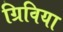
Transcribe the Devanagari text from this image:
ग्रिविया